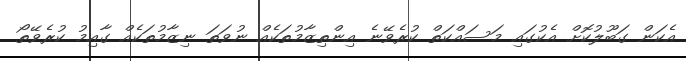
އެކަން ގަބޫލުކޮށް އެކުގައި މަސައްކަތް ކުރެވޭނެ އިންތިޒާމުތަކެއް ނުވަތަ ނިޒާމުތަކެއް ގާއިމު ކުރެވޭތޯ